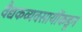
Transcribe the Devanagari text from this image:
वैद्यकव्यवसायींकडून